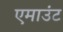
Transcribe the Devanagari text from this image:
एमाउंट